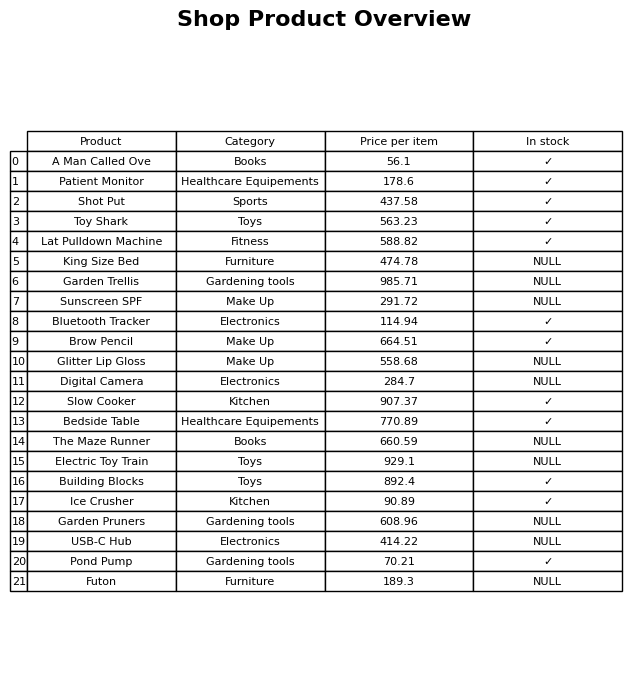
question: What is the price for Garden Pruners?
answer: The price of Garden Pruners is 608.96.